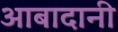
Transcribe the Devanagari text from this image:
आबादानी